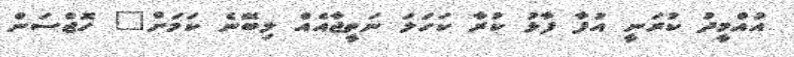
އުއްމީދު ކުރަނީ އުފާ ފާޅު ކުރާ ކަހަލަ ނަތީޖާއެއް ލިބޭނެ ކަމަށް" ހޮޖްސަން